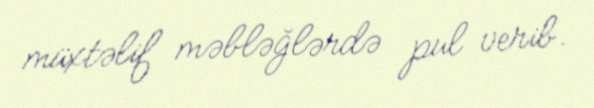
müxtəlif məbləğlərdə pul verib.